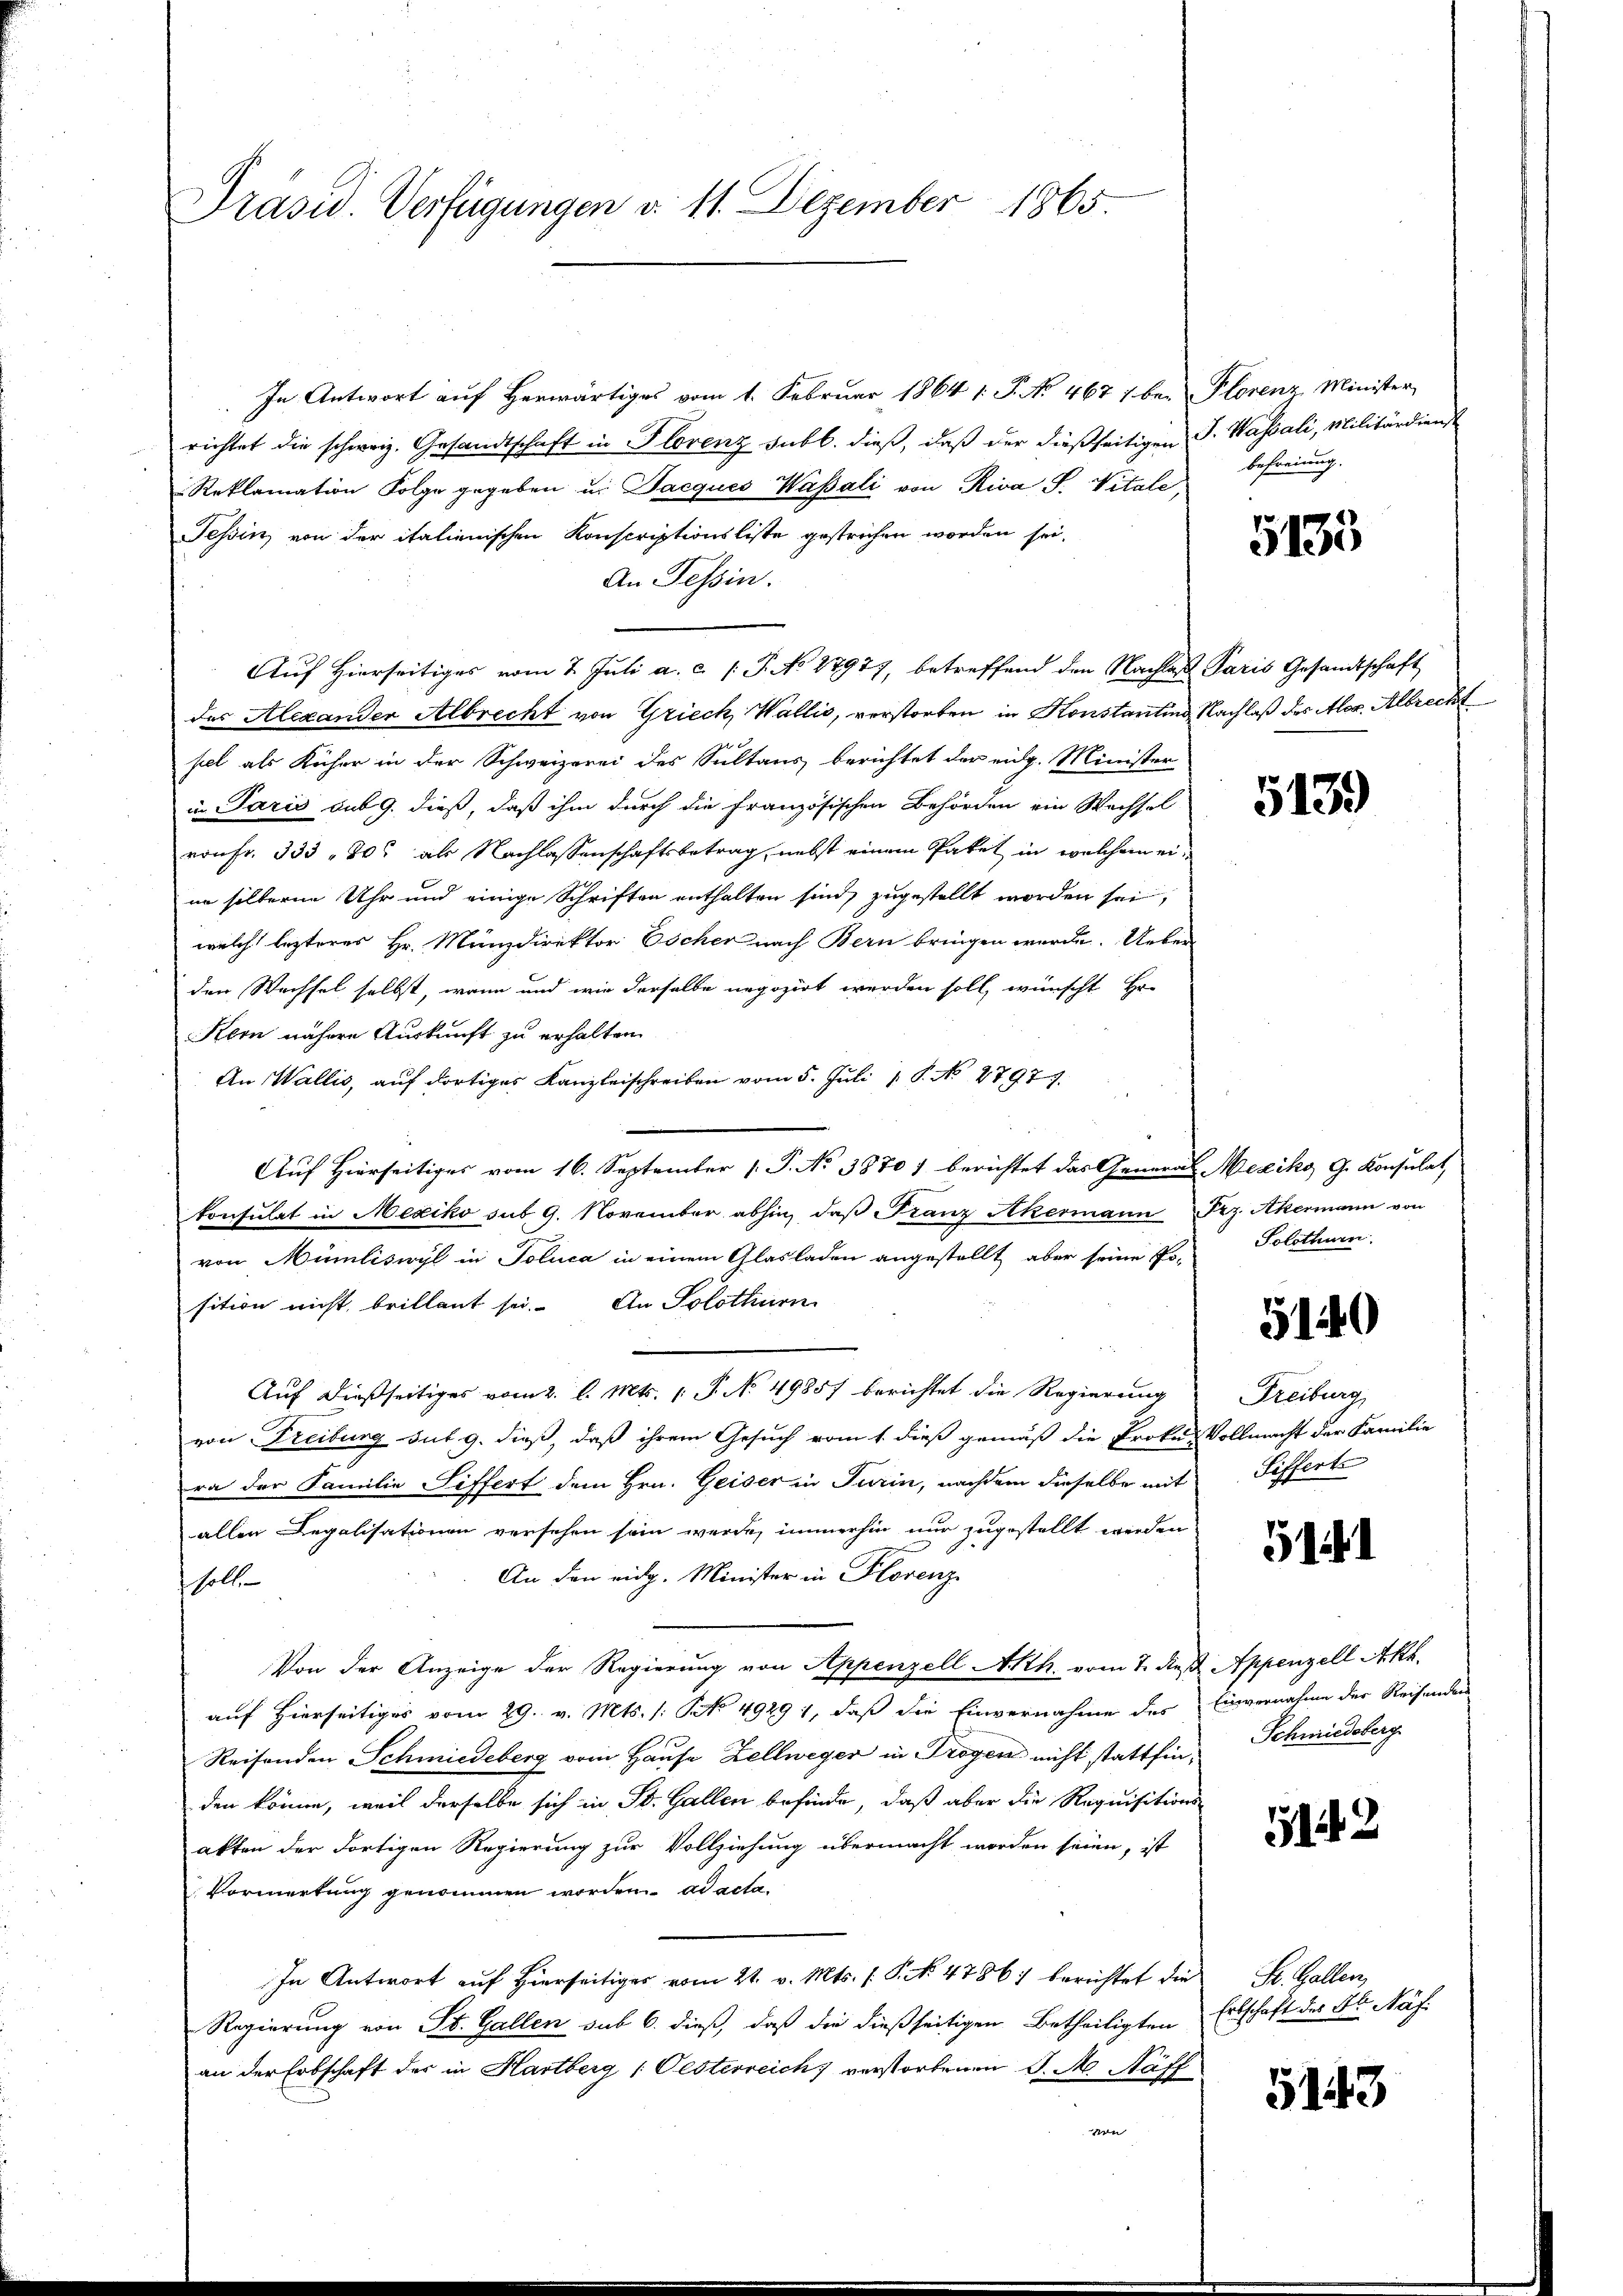
Präsid. Verfügungen d. 11. Dezember 1865.

In Antwort auf Herwärtiges vom 1. Februar 1864 1. P. No. 4671 bei Plorenz Minister,
richtet die schweiz. Gesandtschaft in Florenz subb. dieβ, daβ der dießseitigen J. Wassali, Militärdienst
Reklamation Folge gegeben u. Jacques Wassati von Riva S. Vitale
Tessin, von der italienischen Konscriptionsliste gestrechen worden sei.
An Tessin.
Aŭf Hierseitiges vom 7. Jŭli a. c. /: J. No 27977, betreffend den Nachlaβ Paris Gesandtschaft
des Alexander Albrecht von Griech Wallis, verstorben in Konstantin, Nachlaß des Alor. Albrecht
2
pel als Kücher in der Schweizerei des Sultans berichtet der eidg. Minister
in Paris sub 9. dieß, daß ihm durch die Französischen Behörden ein Wechsel
von Fr. 333 30 als Nachlassenschaftsbetrag, nebst einem Paket in welchem eiin silberne Uhr und einige Schriften enthalten sind, zugestellt worden sei,
welche lezteres Hr. Münzdirektor Escher nach Bern bringen wurde. Ueber
den Wechsel selbst, wann und wie derselbe negozirt werden soll, wünscht Hr.
Kom nähere Auskunft zu erhalten
An Wallis, auf dortiges Kanzleischreiben vom 5. Juli 1 P. No. 2797.
Auf Hierseitiges vom 16. September 1 P. No 3870) berichtet das General-Mexiko G. Konsulat
konsulat in Mexiko sub. 9. November abhin, daβ Franz Akermann Frz. Akermann von
von Mümliswyl in Polica in einem Glasladen angestellt aber seine Po-
sition nicht brillant sei. An Solothurn
Auf dießseitiges vom 2. l. Mts. 1. P. No 4985/ berichtet die Regierung
von Freiburg sub. 9. dieß, daß ihrem Gesuch vom 1. dieß gemäß die Prokus Vollmacht der Familie
ra der Familie Siffert dem Hrn. Geiser in Turin, nachdem dieselbe mit
allen Legalisationen versehen sein werde, immerhin nur zugestellt werden
4
An den eidg. Minister in Florenz
soll.
Von der Anzeige der Regierung von Appenzell Akth. vom 7. dieß. Appenzell Akh.
auf Hierseitiges vom 29. v. Mts. (: S. 49291, daß die Einvernahme des Einvernahme der Reisenden
Reisenden Schmiedeberg vom Hause Zellweger in Trogen nicht stattfin Schmiedsberg
den könne, weil derselbe sich in St. Gallen befinde, daß aber die Requisitions-
akten der dortigen Regierung zur Vollziehung übermacht worden seien, ist
Vormerkung genommen worden. ad acta.
In Antwort auf Hierseitiges vom 21. v. Mts. f. P. No. 4786) berichtet die
Regierung von St. Gallen sub 6. dieß, daß die dießseitigen Betheiligten
an der Erbschaft der in Hartberg (Oesterreich verstorbenen J. M. Näff
von

befreiung.

5133

513.

Solothurn.

5140

Freiburg
Siffert

51

512

St. Gallen,
Erbschaft des Fr. Näf-

5143